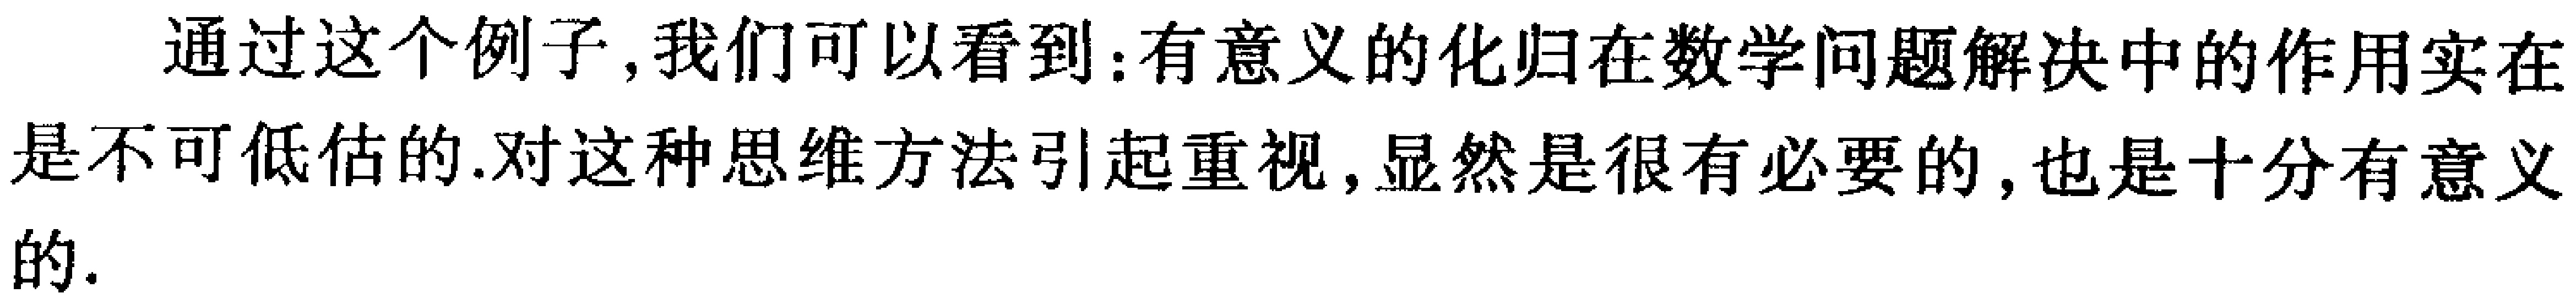
通过这个例子,我们可以看到:有意义的化归在数学问题解决中的作用实在是不可低估的.对这种思维方法引起重视,显然是很有必要的,也是十分有意义的.